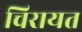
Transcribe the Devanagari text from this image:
चिरायत